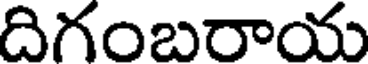
దిగంబరాయ